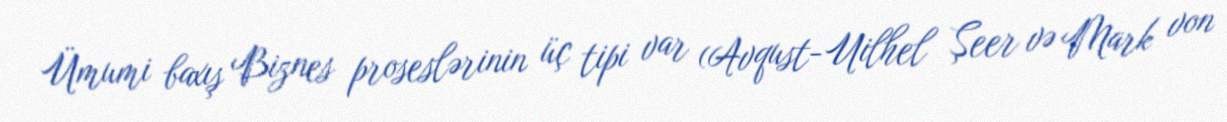
Ümumi baxış Biznes proseslərinin üç tipi var (Avqust-Uilhel Şeer və Mark von